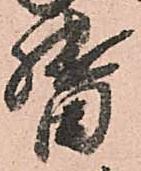
督